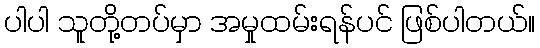
ပါပါ သူတို့တပ်မှာ အမှုထမ်းရန်ပင် ဖြစ်ပါတယ်။